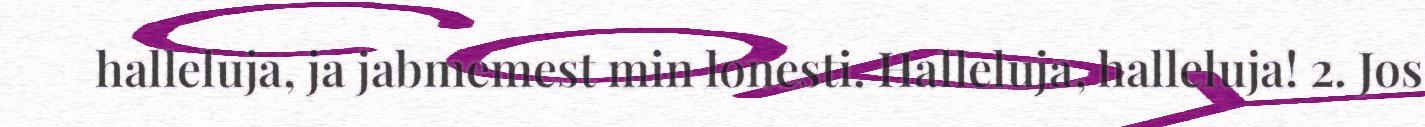
halleluja, ja jabmemest min lonesti. Halleluja, halleluja! 2. Jos